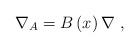
LaTeX: \begin{align*}\nabla _{A}=B\left( x\right) \nabla \ , \end{align*}